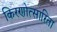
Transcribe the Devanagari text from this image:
किरणोत्सारिता